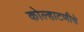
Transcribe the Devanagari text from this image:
कोल्हाटणीचे